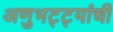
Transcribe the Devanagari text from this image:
अणुभट्ट्यांची